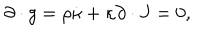
\partial \cdot g = \rho \dot { \kappa } + \kappa \partial \cdot J = 0 ,